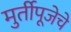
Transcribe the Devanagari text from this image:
मुर्तीपूजेचे